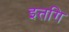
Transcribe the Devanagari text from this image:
इत्तगि